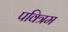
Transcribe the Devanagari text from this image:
पवित्रम